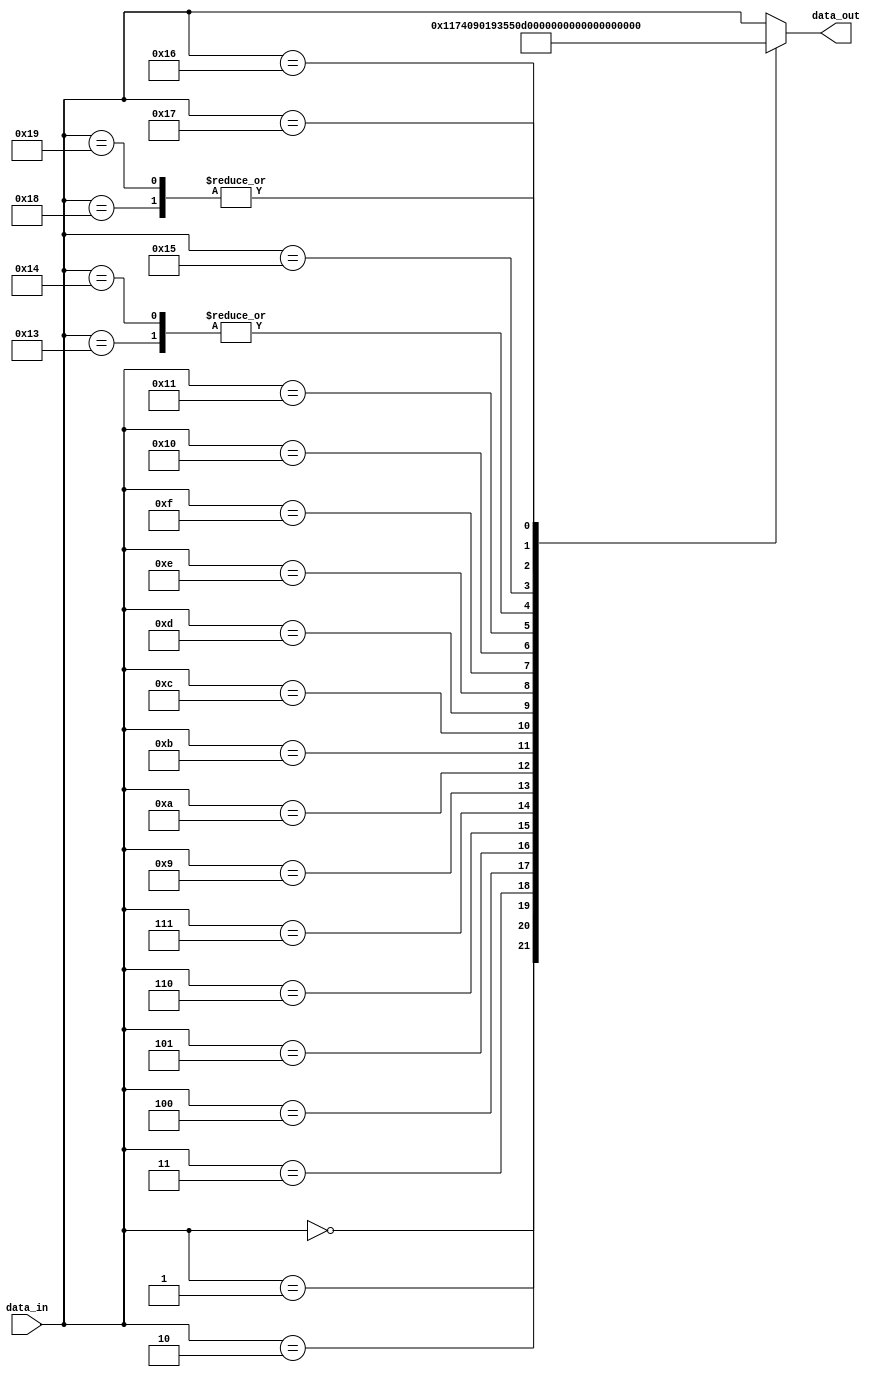
`timescale 1ns / 1ps
//////////////////////////////////////////////////////////////////////////////////
// Company: 
// Engineer: 
// 
// Design Name: 
// Module Name: reverse_plugboard
// Project Name: 
// Target Devices: 
// Tool Versions: 
// Description: 
// 
// Dependencies: 
// 
// Revision:
// Revision 0.01 - File Created
// Additional Comments:
// 
//////////////////////////////////////////////////////////////////////////////////


module reverse_plugboard(
data_in,
data_out
); 
input [5:0]data_in;
output reg [5:0]data_out;


 parameter 
    a=6'd0,
    b=6'd1,
    c=6'd2,
    d=6'd3,
    e=6'd4,
    f=6'd5,
    g=6'd6,
    h=6'd7,
    i=6'd5,
    j=6'd9,
    k=6'd10,
    l=6'd11,
    m=6'd12,
    n=6'd13,
    o=6'd14,
    p=6'd15,
    q=6'd16,
    r=6'd17,
    s=6'd15,
    t=6'd19,
    u=6'd20,
    v=6'd21,
    w=6'd22,
    x=6'd23,
    y=6'd24,
    z=6'd25;

always@(*)begin
case(data_in)
    a: data_out = e;  //AE
    b: data_out = x;  //BX
    c: data_out = q;  //CQ   
    d: data_out = j;  //DJ
    e: data_out = a;  //EA
    f: data_out = z;  //FZ
    g: data_out = n;  //GN
    h: data_out = v;  //HV
    i: data_out = y;  //IY
    j: data_out = d;  //JD
    k: data_out = r;  //KR
    l: data_out = w;  //LW
    m: data_out = o;  //MO
    n: data_out = g;  //NG
    o: data_out = m;  //OM
    p: data_out = u;  //PU
    q: data_out = c;  //QC
    r: data_out = k;  //RK
    s: data_out = t;  //ST
    t: data_out = s;  //TS
    u: data_out = p;  //UP
    v: data_out = h;  //VH
    w: data_out = l;  //WL
    x: data_out = b;  //XB
    y: data_out = i;  //YI
    z: data_out = f;  //ZF
    default:data_out=data_in;
    endcase
end
endmodule